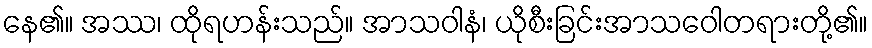
နေ၏။ အဿ၊ ထိုရဟန်းသည်။ အာသဝါနံ၊ ယိုစီးခြင်းအာသဝေါတရားတို့၏။